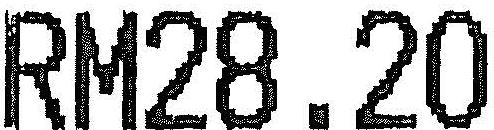
RM28.20